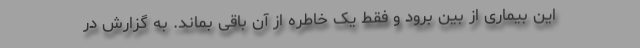
این بیماری از بین برود و فقط یک خاطره از آن باقی بماند. به گزارش در